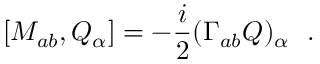
[ M _ { a b } , Q _ { \alpha } ] = - \frac { i } { 2 } ( \Gamma _ { a b } Q ) _ { \alpha } ~ ~ .